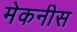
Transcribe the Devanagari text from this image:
मेकनीस